Civil Veterinary Department Bengal reports 1923-33 - 1923-1933
Year: 1923
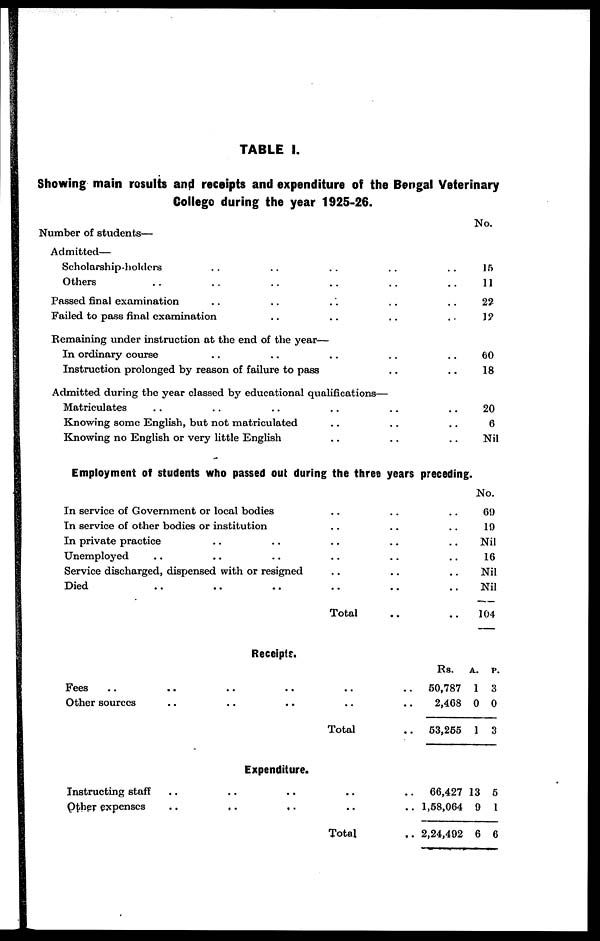
TABLE I.
Showing main results and receipts and expenditure of the Bengal Veterinary
College during the year 1925-26.
Number of students—
Admitted—
Scholarship-holders .. .. .. ..
Others .. .. .. .. ..
Passed final examination .. .. .. ..
Failed to pass final examination .. .. ..
Remaining under instruction at the end of the year—
In ordinary course .. .. .. ..
Instruction prolonged by reason of failure to pass ..
Admitted during the year classed by educational qualifications—
Matriculates .. .. .. .. ..
Knowing some English, but not matriculated .. ..
Knowing no English or very little English .. ..
..
..
..
..
..
..
..
..
..
Employment of students who passed out during the three years preceding.
In service of Government or local bodies .. ..
In service of other bodies or institution .. ..
In private practice .. .. .. ..
Unemployed .. .. .. .. ..
Service discharged, dispensed with or resigned .. ..
Died .. .. .. .. ..
Total ..
..
..
..
..
..
..
..
No.
15
11
22
12
60
18
20
6
Nil
No.
69
19
Nil
16
Nil
Nil
104
Fees .. ..
Other sources ..
Instructing staff ..
Other expenses ..
Receipts.
..
..
..
..
Expenditure.
..
..
..
..
..
..
Total
..
..
Total
..
..
..
..
..
..
Rs.
50,787
2,468
63,265
66,427
1,58,064
2,24,492
A.
1
0
1
13
9
6
P.
3
0
3
5
1
6